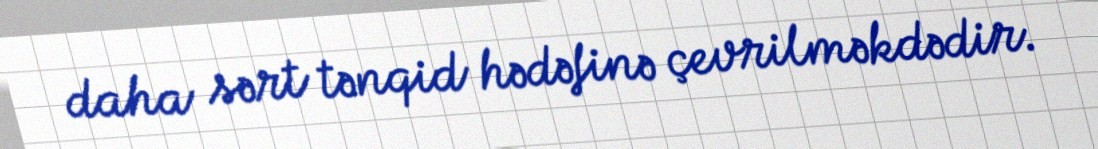
daha sərt tənqid hədəfinə çevrilməkdədir.